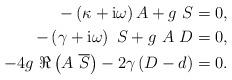
LaTeX: \begin{align*} - \left( \kappa + \mathrm{i} \omega \right) A + g \ S = 0 , \\ - \left( \gamma + \mathrm{i} \omega \right) \ S + g \ A \ D = 0 , \\ - 4 g \ \Re \left( A \ \overline{S} \right) - 2 \gamma \left( D - d \right) = 0 .\end{align*}